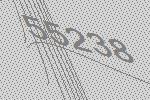
55238